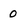
Character: 0